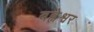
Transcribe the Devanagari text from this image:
बह्नेश्वर